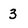
Character: 3